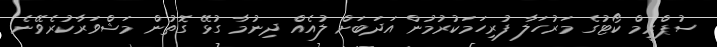
ސުޕްރީމް ކޯޓުގެ މަރުހަލާ ފުރިހަމަކުރުމުން އަދަބަށް ލުއެއް ދިނުމާ ގުޅޭ ގޮތުން މަޝްވަރާކުރެވޭނެ